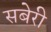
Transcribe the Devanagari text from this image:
सबेरी